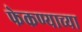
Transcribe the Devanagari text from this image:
फेकण्याच्या